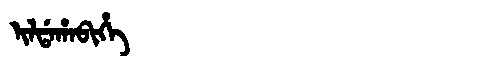
Manchu: ᡳᠯᡩᠠᡥᠠᠪᡳᡥᡝ
Romanization: ILDAHABIHE